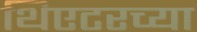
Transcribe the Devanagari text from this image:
थिएटरच्या